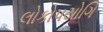
લોકોપયોગિ